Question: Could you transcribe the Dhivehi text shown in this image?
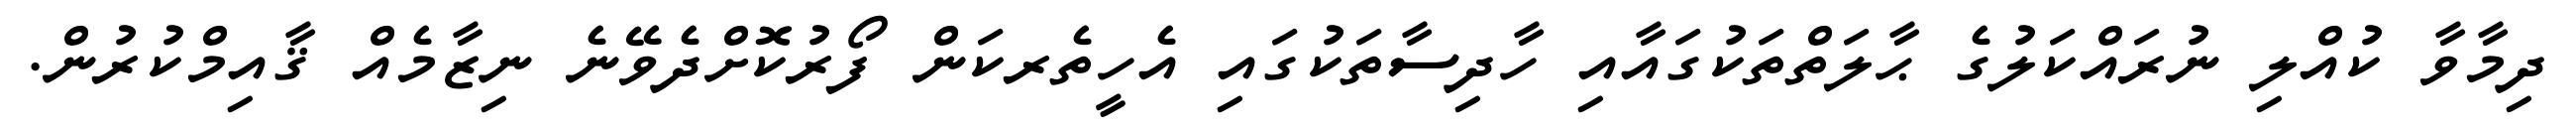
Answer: ދިމާވާ ކުއްލި ނުރައްކަލުގެ ޙާލަތްތަކުގައާއި ހާދިސާތަކުގައި އެހީތެރކަން ފޯރުކޮށްދެވޭނެ ނިޒާމެއް ޤާއިމްކުރުން.